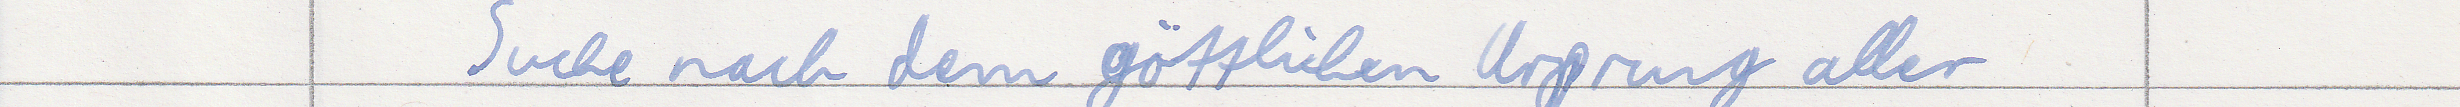
Suche nach dem göttlichen Ursprung aller